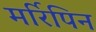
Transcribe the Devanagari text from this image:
मर्रिपिन